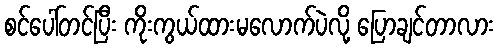
စင်ပေါ်တင်ပြီး ကိုးကွယ်ထားမလောက်ပဲလို့ ပြောချင်တာလား